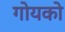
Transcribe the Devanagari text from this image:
गोयको